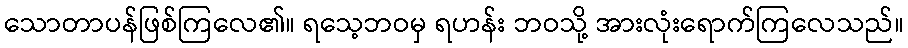
သောတာပန်ဖြစ်ကြလေ၏။ ရသေ့ဘဝမှ ရဟန်း ဘဝသို့ အားလုံးရောက်ကြလေသည်။